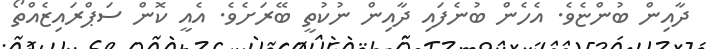
ދާއިން ބުންޏެވެ. އެހެން ބުނެފައި ދާއިން ނުކުތީ ބޭރަށެވެ. އެއީ ކޮން ސަޕްރައިޒެއްތޯ